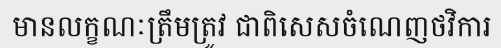
មានលក្ខណៈត្រឹមត្រូវ ជាពិសេសចំណេញថវិការ